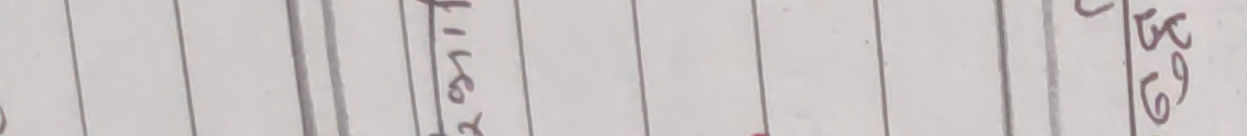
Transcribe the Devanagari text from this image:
६९
लिकर